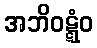
အဘိဝဋ္ဋံဝ